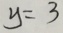
y = 3